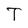
Character: T